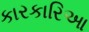
કારકારિઆ